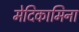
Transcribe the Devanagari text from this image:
मेदिकामिना